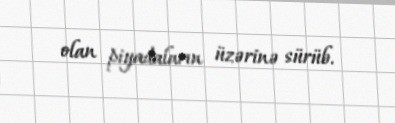
olan piyadaların üzərinə sürüb.